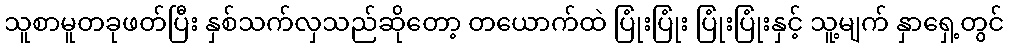
သူစာမူတခုဖတ်ပြီး နှစ်သက်လှသည်ဆိုတော့ တယောက်ထဲ ပြုံးပြုံး ပြုံးပြုံးနှင့် သူ့မျက် နှာရှေ့တွင်